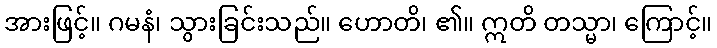
အားဖြင့်။ ဂမနံ၊ သွားခြင်းသည်။ ဟောတိ၊ ၏။ ဣတိ တသ္မာ၊ ကြောင့်။